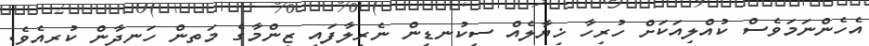
އެހެންނަމަވެސް ކުއްލިއަކަށް ހުރިހާ ޚިޔާލެއް ސިކުނޑިން ނެރިލާފައި ޒިންމާގެ މަތިން ހަނދާން ކުރިއެވެ.